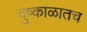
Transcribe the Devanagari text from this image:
दुष्काळातच